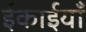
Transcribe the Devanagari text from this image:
ईकाईयाँ